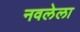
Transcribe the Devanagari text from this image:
नवलेला